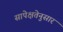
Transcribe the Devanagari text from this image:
सापेक्षतेनुसार